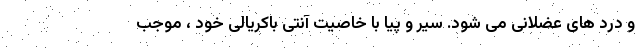
و درد های عضلانی می شود. سیر و پیا با خاصیت آنتی باکریالی خود ، موجب